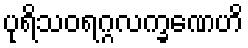
ပုရိသဝရဂ္ဂလက္ခဏေဟိ